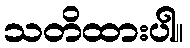
သတိထားပါ။